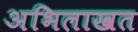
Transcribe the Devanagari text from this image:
अभिलाखत